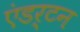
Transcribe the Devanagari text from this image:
एंडर्टन